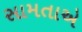
સામતાએ